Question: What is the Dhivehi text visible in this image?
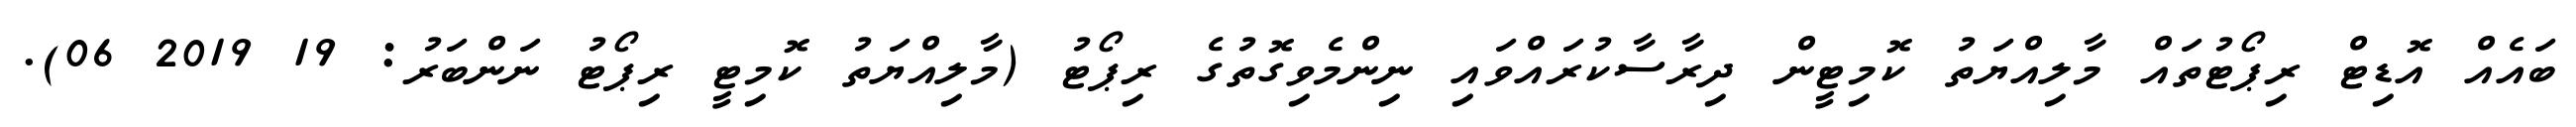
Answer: ބައެއް އޮޑިޓް ރިޕޯޓުތައް މާލިއްޔަތު ކޮމިޓީން ދިރާސާކުރައްވައި ނިންމެވިގޮތުގެ ރިޕޯޓު (މާލިއްޔަތު ކޮމިޓީ ރިޕޯޓު ނަންބަރު: 19 2019 06).